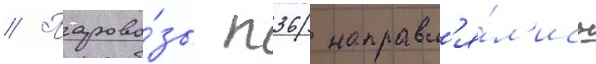
// Парово́зы п36 направл'я́л'ись